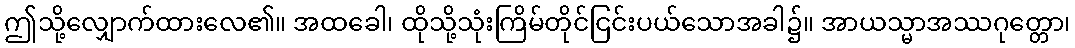
ဤသို့လျှောက်ထားလေ၏။ အထခေါ၊ ထိုသို့သုံးကြိမ်တိုင်ငြင်းပယ်သောအခါ၌။ အာယသ္မာအဿဂုတ္တော၊